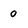
Character: 0